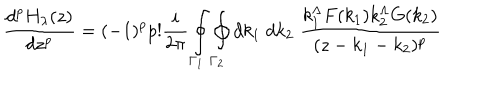
LaTeX: \frac { d ^ { p } H _ { \lambda } ( z ) } { d z ^ { p } } = ( - 1 ) ^ { p } p ! \frac { i } { 2 \pi } \oint _ { { \Gamma } _ { 1 } } \oint _ { { \Gamma } _ { 2 } } d k _ { 1 } \; d k _ { 2 } \; \frac { k _ { 1 } ^ { \Lambda } F ( k _ { 1 } ) k _ { 2 } ^ { \Lambda } G ( k _ { 2 } ) } { ( z - k _ { 1 } - k _ { 2 } ) ^ { p } }